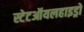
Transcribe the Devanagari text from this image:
स्टेटऑयलहाइड्रो